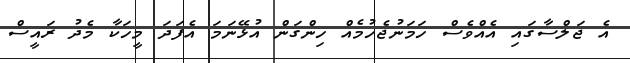
އެ ޖަލްސާގައި އެއްވެސް ހަމަނުޖެހުމެއް ހިންގަން އުޅޭނަމަ އެފަދަ މީހަކާ މެދު ރައީސް